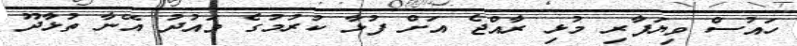
ހައުސް ވިޔަފާރި މުޅި ރާއްޖެ އަށް ފުޅާ ކުރުމުގެ ވައުދު އޭނާ ތުޅާދޫ